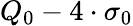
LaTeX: Q_{0}-4\cdot\sigma_{0}